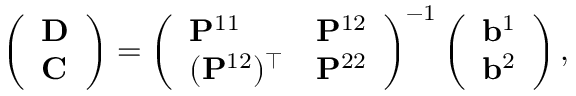
\left( \begin{array} { l } { \mathbf { D } } \\ { \mathbf { C } } \end{array} \right) = \left( \begin{array} { l l } { \mathbf { P } ^ { 1 1 } } & { \mathbf { P } ^ { 1 2 } } \\ { ( \mathbf { P } ^ { 1 2 } ) ^ { \top } } & { \mathbf { P } ^ { 2 2 } } \end{array} \right) ^ { - 1 } \left( \begin{array} { l } { \mathbf { b } ^ { 1 } } \\ { \mathbf { b } ^ { 2 } } \end{array} \right) ,